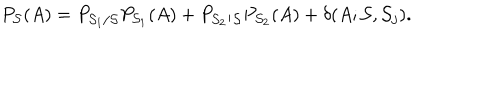
LaTeX: P _ { { \cal S } } ( A ) = P _ { { \cal S } _ { 1 } / { \cal S } } P _ { { \cal S } _ { 1 } } ( A ) + P _ { { \cal S } _ { 2 } / { \cal S } } P _ { { \cal S } _ { 2 } } ( A ) + \delta ( A ; { \cal S } , { \cal S } _ { j } ) .